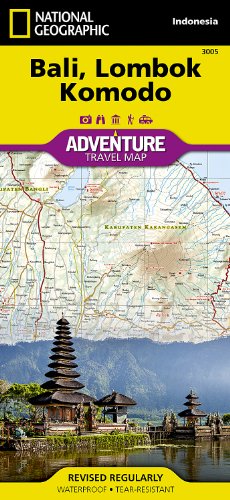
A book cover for Bali, Lombok, and Komodo [Indonesia] (National Geographic Adventure Map); National Geographic Maps - Adventure; Travel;